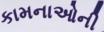
કામનાઓની